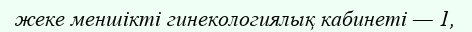
жеке меншікті гинекологиялық кабинеті — 1,